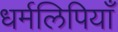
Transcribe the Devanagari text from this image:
धर्मलिपियाँ